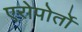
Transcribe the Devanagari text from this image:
एरोपोर्तो